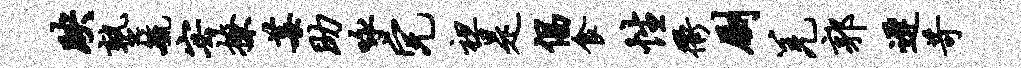
映塾毓宓撩莓助咏完袒是倡食性衢劂羌郭迟苛